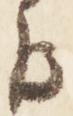
日